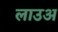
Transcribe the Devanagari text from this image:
लाउअ